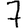
Digit: 7